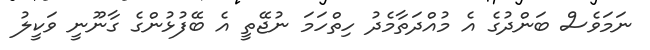
ނަމަވެސް ބަންދުގެ އެ މުއްދަތާމެދު ހިތްހަމަ ނުޖޭތީ އެ ބޭފުޅުންގެ ގާނޫނީ ވަކީލު